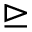
\trianglerighteq